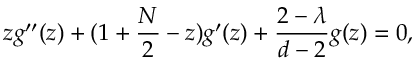
z g ^ { \prime \prime } ( z ) + ( 1 + \frac { N } { 2 } - z ) g ^ { \prime } ( z ) + \frac { 2 - \lambda } { d - 2 } g ( z ) = 0 ,